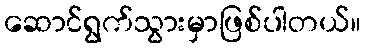
ဆောင်ရွက်သွားမှာဖြစ်ပါတယ်။